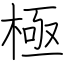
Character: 極